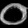
Digit: ၀